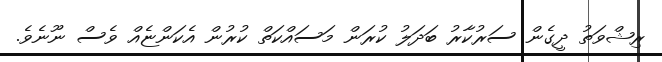
ރިޝްވަތު ދީގެން ސަރުކާރު ބަދަލު ކުރަން މަސައްކަތް ކުރުން އެކަންޏެއް ވެސް ނޫނެވެ.